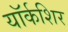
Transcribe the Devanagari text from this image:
यॉर्कशिर